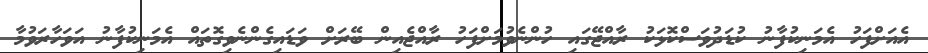
އެއަށްފަހު އެމަނިކުފާނު ކުޑަދުވަސްކޮޅަކު ރާއްޖޭގައި ހުންނެވުމަށްފަހު ރާއްޖެއިން ބޭރަށް ވަޑައިގެންނެވިގޮތައް އެމަނިކުފާނު އަވަހާރަވުމާ